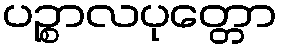
ပဉ္စာလပုတ္တော